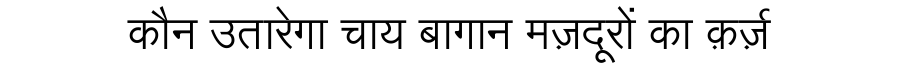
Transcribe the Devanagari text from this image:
कौन उतारेगा चाय बागान मज़दूरों का क़र्ज़